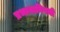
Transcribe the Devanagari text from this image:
प्रभावाविषयी